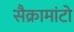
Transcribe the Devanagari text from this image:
सैक्रामांटो